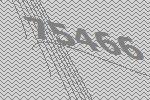
75466